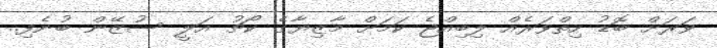
ވަރަށް ބޮޑު ހިތްވަރެއް ލިބިއްޖެ ކަމަށް މާޒިޔާގެ ކޯޗު އަލީ ސުޒޭން ބުނެފި..